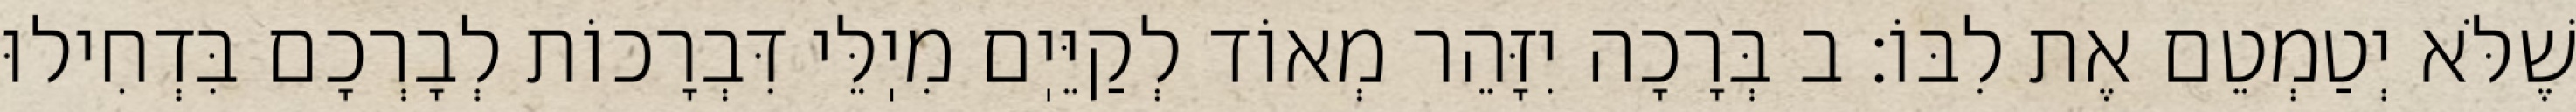
שֶׁלֹּא יְטַמְטֵם אֶת לִבּוֹ: ב בְּרָכָה יִזָּהֵר מְאוֹד לְקַיֵּיֽם מִיֽלֵּי דִּבְרָכוֹת לְבָרְכָם בִּדְחִילוּ